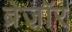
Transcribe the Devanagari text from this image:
ब्रेज़ाॅर